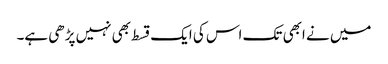
میں نے ابھی تک اس کی ایک قسط بھی نہیں پڑھی ہے۔